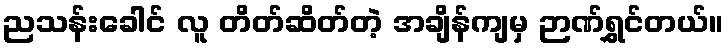
ညသန်းခေါင် လူ တိတ်ဆိတ်တဲ့ အချိန်ကျမှ ဉာဏ်ရွှင်တယ်။